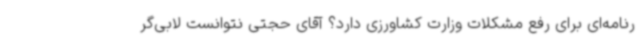
رنامه‌ای برای رفع مشکلات وزارت کشاورزی دارد؟ آقای حجتی نتوانست لابی‌گر